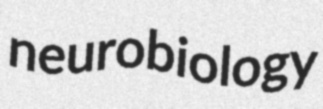
neurobiology